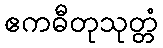
ဧကဓီတုသုတ္တံ